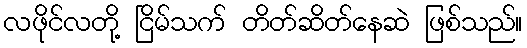
လဖိုင်လတို့ ငြိမ်သက် တိတ်ဆိတ်နေဆဲ ဖြစ်သည်။